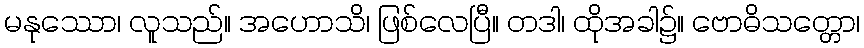
မနုဿော၊ လူသည်။ အဟောသိ၊ ဖြစ်လေပြီ။ တဒါ၊ ထိုအခါ၌။ ဗောဓိသတ္တော၊